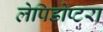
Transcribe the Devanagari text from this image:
लेपिडोप्टरा